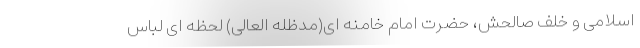
اسلامی و خلف صالحش، حضرت امام خامنه ای(مدظله العالی) لحظه ای لباس